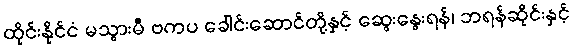
ထိုင်းနိုင်ငံ မသွားမီ ဗကပ ခေါင်းဆောင်တို့နှင့် ဆွေးနွေးရန်၊ ဘရန်ဆိုင်းနှင့်